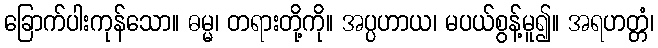
ခြောက်ပါးကုန်သော။ ဓမ္မ၊ တရားတို့ကို။ အပ္ပဟာယ၊ မပယ်စွန့်မူ၍။ အရဟတ္တံ၊